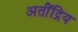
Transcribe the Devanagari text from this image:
अतीेंद्रिय